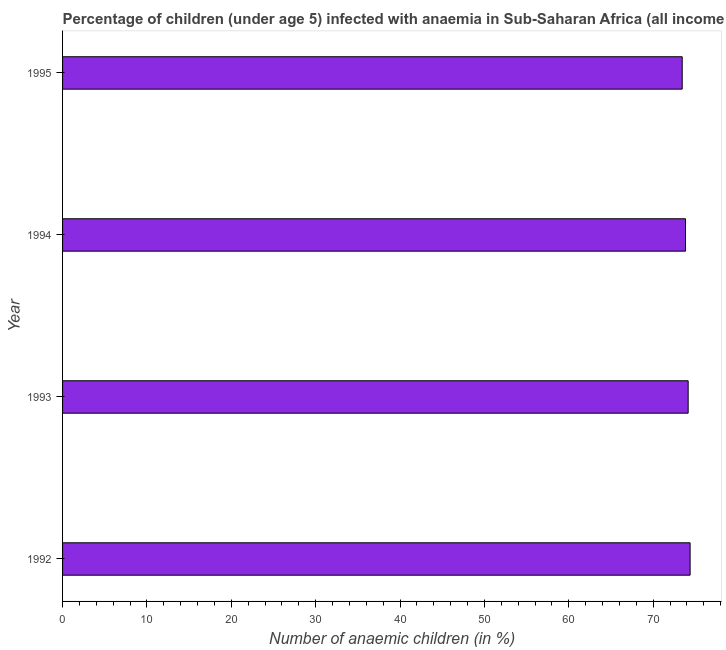
| Year | Prevalence of anemia among children |
 | --- | --- |
 | 1992 | 74.4 |
 | 1993 | 74.1 |
 | 1994 | 73.8 |
 | 1995 | 73.4 |